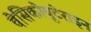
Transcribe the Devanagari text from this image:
वेसिकोयूटेराइन